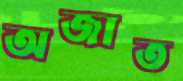
অজাত